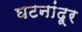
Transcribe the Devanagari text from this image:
घटनांदूर